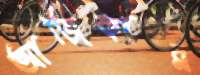
আজিকার